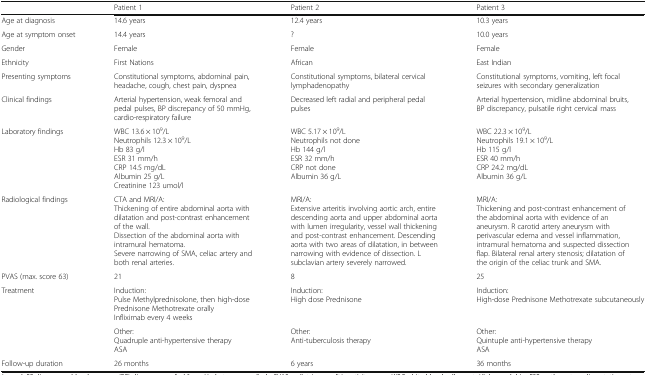
|  | Patient 1 | Patient 2 | Patient 3 |
 | --- | --- | --- | --- |
 | Age at diagnosis | 14.6 years | 12.4 years | 10.3 years |
 | Age at symptom onset | 14.4 years | ? | 10.0 years |
 | Gender | Female | Female | Female |
 | Ethnicity | First Nations | African | East Indian |
 | Presenting symptoms | Constitutional symptoms, abdominal pain, headache, cough, chest pain, dyspnea | Constitutional symptoms, bilateral cervical lymphadenopathy | Constitutional symptoms, vomiting, left focal seizures with secondary generalization |
 | Clinical findings | Arterial hypertension, weak femoral and pedal pulses, BP discrepancy of 50 mmHg, cardio-respiratory failure | Decreased left radial and peripheral pedal pulses | Arterial hypertension, midline abdominal bruits, BP discrepancy, pulsatile right cervical mass |
 | Laboratory findings | WBC 13.6 × 109/LNeutrophils 12.3 × 109/LHb 83 g/lESR 31 mm/hCRP 14.5 mg/dLAlbumin 25 g/LCreatinine 123 umol/l | WBC 5.17 × 109/L Neutrophils not doneHb 144 g/lESR 32 mm/hCRP not doneAlbumin 36 g/L | WBC 22.3 × 109/L Neutrophils 19.1 × 109/L Hb 115 g/l ESR 40 mm/h CRP 24.2 mg/dL Albumin 36 g/L |
 | Radiological findings | CTA and MRI/A:Thickening of entire abdominal aorta with dilatation and post-contrast enhancement of the wall.Dissection of the abdominal aorta with intramural hematoma.Severe narrowing of SMA, celiac artery and both renal arteries. | MRI/A:Extensive arteritis involving aortic arch, entire descending aorta and upper abdominal aorta with lumen irregularity, vessel wall thickening and post-contrast enhancement. Descending aorta with two areas of dilatation, in between narrowing with evidence of dissection. L subclavian artery severely narrowed. | MRI/A:Thickening and post-contrast enhancement of the abdominal aorta with evidence of an aneurysm. R carotid artery aneurysm with perivascular edema and vessel inflammation, intramural hematoma and suspected dissection flap. Bilateral renal artery stenosis; dilatation of the origin of the celiac trunk and SMA. |
 | PVAS (max. score 63) | 21 | 8 | 25 |
 | <ROWSPAN=2> Treatment | Induction:Pulse Methylprednisolone, then high-dose Prednisone Methotrexate orallyInfliximab every 4 weeks | Induction:High dose Prednisone | Induction:High-dose Prednisone Methotrexate subcutaneously |
 | Other:Quadruple anti-hypertensive therapyASA | Other:Anti-tuberculosis therapy | Other:Quintuple anti-hypertensive therapyASA |
 | Follow-up duration | 26 months | 6 years | 36 months |